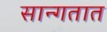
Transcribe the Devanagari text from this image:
सान्गतात